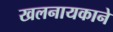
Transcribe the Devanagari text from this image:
खलनायकाने